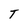
Character: T